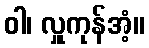
ဝါ၊ လှူကုန်အံ့။